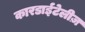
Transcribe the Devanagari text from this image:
कारडाईटेलीज़